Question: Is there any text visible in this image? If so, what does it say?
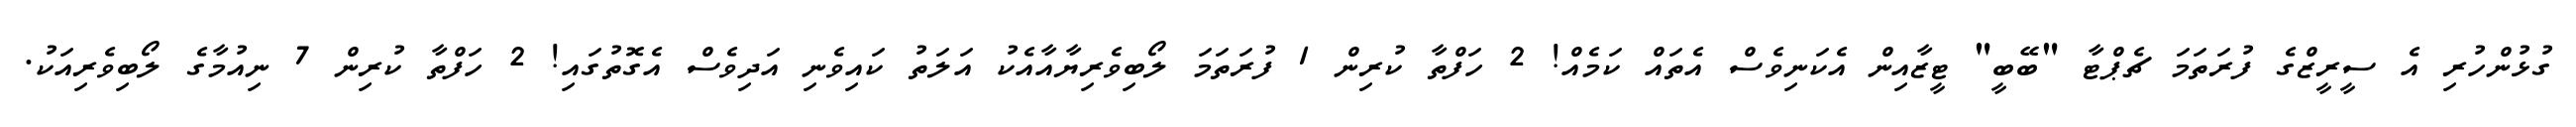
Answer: ގުޅުންހުރި އެ ސީރީޒްގެ ފުރަތަމަ ޗެޕްޓާ "ބޭބީ" ޓީޒާއިން އެކަނިވެސް އެތައް ކަމެއް! 2 ހަފްތާ ކުރިން 1 ފުރަތަމަ ލޯބިވެރިޔާއާއެކު އަލަތު ކައިވެނި އަދިވެސް އެގޮތުގައި! 2 ހަފްތާ ކުރިން 7 ނިއުމާގެ ލޯބިވެރިއަކު.